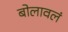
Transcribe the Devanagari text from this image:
बोलावलं